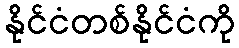
နိုင်ငံတစ်နိုင်ငံကို